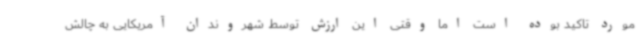
مورد تاکید بوده است اما وقتی این ارزش توسط شهروندان آمریکایی به چالش